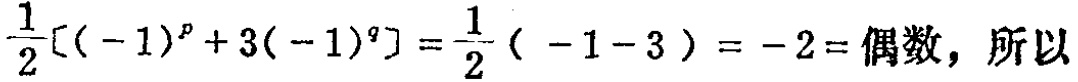
\(\frac{1}{2}[(-1)^{p}+3(-1)^{q}]=\frac{1}{2}(-1 - 3)=-2=\)偶数，所以